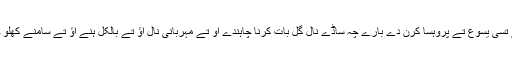
جے تُسی یسوع تے پروہسا کرن دے بارے چہ ساڈے نال گل بات کرنا چاہندے اُو تے مہربانی نال آؤ تے بالکل ہُنے آؤ تے سامنے کِھلو جاؤ۔